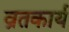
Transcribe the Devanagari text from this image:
व्रतकार्य